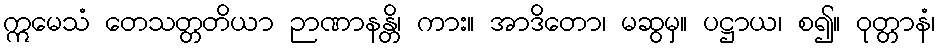
ဣမေသံ တေသတ္တတိယာ ဉာဏာနန္တိ၊ ကား။ အာဒိတော၊ မဆွမှ။ ပဋ္ဌာယ၊ စ၍။ ဝုတ္တာနံ၊